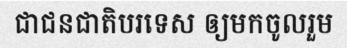
ជាជនជាតិបរទេស ឲ្យមកចូលរួម